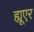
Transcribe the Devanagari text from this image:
ह्यूएर